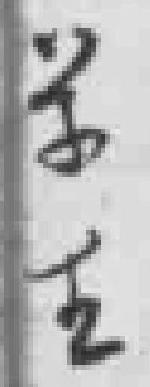
学生